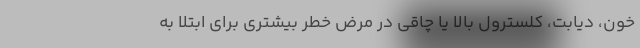
خون، دیابت، کلسترول بالا یا چاقی در مرض خطر بیشتری برای ابتلا به